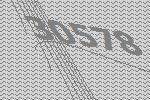
30578